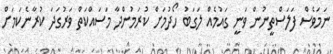
ނަމަވެސް ފަލަސްތީނުން ވަނީ ގައުމެއް ލަގަބު ހޯދުމަށް ކުރަމުންދާ މަސައްކަތް ވަރުގަދަ ކުރާނެކަމަށް